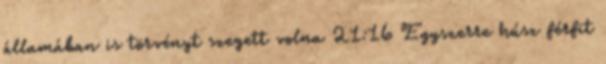
államában is törvényt szegett volna 21:16 Egyszerre húsz férfit